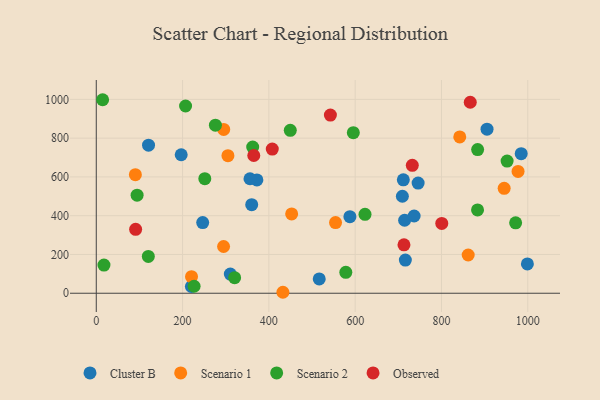
{"axis": {"x": "Study Hours", "y": "Rating"}, "legend": ["Cluster B", "Observed", "Scenario 1", "Scenario 2"], "data": [{"x": "716.3", "y": 170.9, "type": "Cluster B"}, {"x": "372.2", "y": 584.7, "type": "Cluster B"}, {"x": "121.1", "y": 763.9, "type": "Cluster B"}, {"x": "246.6", "y": 364.3, "type": "Cluster B"}, {"x": "984.8", "y": 720.0, "type": "Cluster B"}, {"x": "999.1", "y": 151.2, "type": "Cluster B"}, {"x": "905.6", "y": 846.1, "type": "Cluster B"}, {"x": "709.4", "y": 500.2, "type": "Cluster B"}, {"x": "360.2", "y": 456.6, "type": "Cluster B"}, {"x": "310.7", "y": 98.9, "type": "Cluster B"}, {"x": "220.4", "y": 34.7, "type": "Cluster B"}, {"x": "356.2", "y": 590.6, "type": "Cluster B"}, {"x": "745.9", "y": 568.3, "type": "Cluster B"}, {"x": "711.6", "y": 584.8, "type": "Cluster B"}, {"x": "587.8", "y": 395.0, "type": "Cluster B"}, {"x": "714.6", "y": 376.4, "type": "Cluster B"}, {"x": "736.6", "y": 398.4, "type": "Cluster B"}, {"x": "516.7", "y": 73.8, "type": "Cluster B"}, {"x": "196.8", "y": 714.3, "type": "Cluster B"}, {"x": "295.3", "y": 845.0, "type": "Scenario 1"}, {"x": "220.7", "y": 85.4, "type": "Scenario 1"}, {"x": "295.0", "y": 241.2, "type": "Scenario 1"}, {"x": "554.5", "y": 364.6, "type": "Scenario 1"}, {"x": "452.8", "y": 409.1, "type": "Scenario 1"}, {"x": "977.5", "y": 628.2, "type": "Scenario 1"}, {"x": "432.5", "y": 5.0, "type": "Scenario 1"}, {"x": "305.1", "y": 709.7, "type": "Scenario 1"}, {"x": "945.3", "y": 541.4, "type": "Scenario 1"}, {"x": "842.4", "y": 806.1, "type": "Scenario 1"}, {"x": "861.9", "y": 197.2, "type": "Scenario 1"}, {"x": "90.6", "y": 611.8, "type": "Scenario 1"}, {"x": "120.6", "y": 190.1, "type": "Scenario 2"}, {"x": "595.7", "y": 828.3, "type": "Scenario 2"}, {"x": "94.6", "y": 505.7, "type": "Scenario 2"}, {"x": "883.6", "y": 429.8, "type": "Scenario 2"}, {"x": "206.9", "y": 965.8, "type": "Scenario 2"}, {"x": "952.1", "y": 682.0, "type": "Scenario 2"}, {"x": "251.5", "y": 591.2, "type": "Scenario 2"}, {"x": "883.8", "y": 741.2, "type": "Scenario 2"}, {"x": "449.6", "y": 840.3, "type": "Scenario 2"}, {"x": "276.1", "y": 867.1, "type": "Scenario 2"}, {"x": "578.3", "y": 107.7, "type": "Scenario 2"}, {"x": "622.8", "y": 407.2, "type": "Scenario 2"}, {"x": "320.6", "y": 80.1, "type": "Scenario 2"}, {"x": "226.7", "y": 36.0, "type": "Scenario 2"}, {"x": "971.9", "y": 363.0, "type": "Scenario 2"}, {"x": "17.8", "y": 145.3, "type": "Scenario 2"}, {"x": "362.5", "y": 753.8, "type": "Scenario 2"}, {"x": "14.7", "y": 998.2, "type": "Scenario 2"}, {"x": "866.7", "y": 985.1, "type": "Observed"}, {"x": "91.2", "y": 329.6, "type": "Observed"}, {"x": "407.9", "y": 743.4, "type": "Observed"}, {"x": "800.7", "y": 360.2, "type": "Observed"}, {"x": "365.0", "y": 710.5, "type": "Observed"}, {"x": "713.1", "y": 249.9, "type": "Observed"}, {"x": "732.4", "y": 660.0, "type": "Observed"}, {"x": "542.6", "y": 919.2, "type": "Observed"}]}